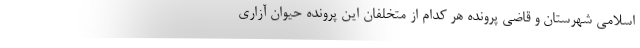
اسلامی شهرستان و قاضی پرونده هر کدام از متخلفان این پرونده حیوان آزاری